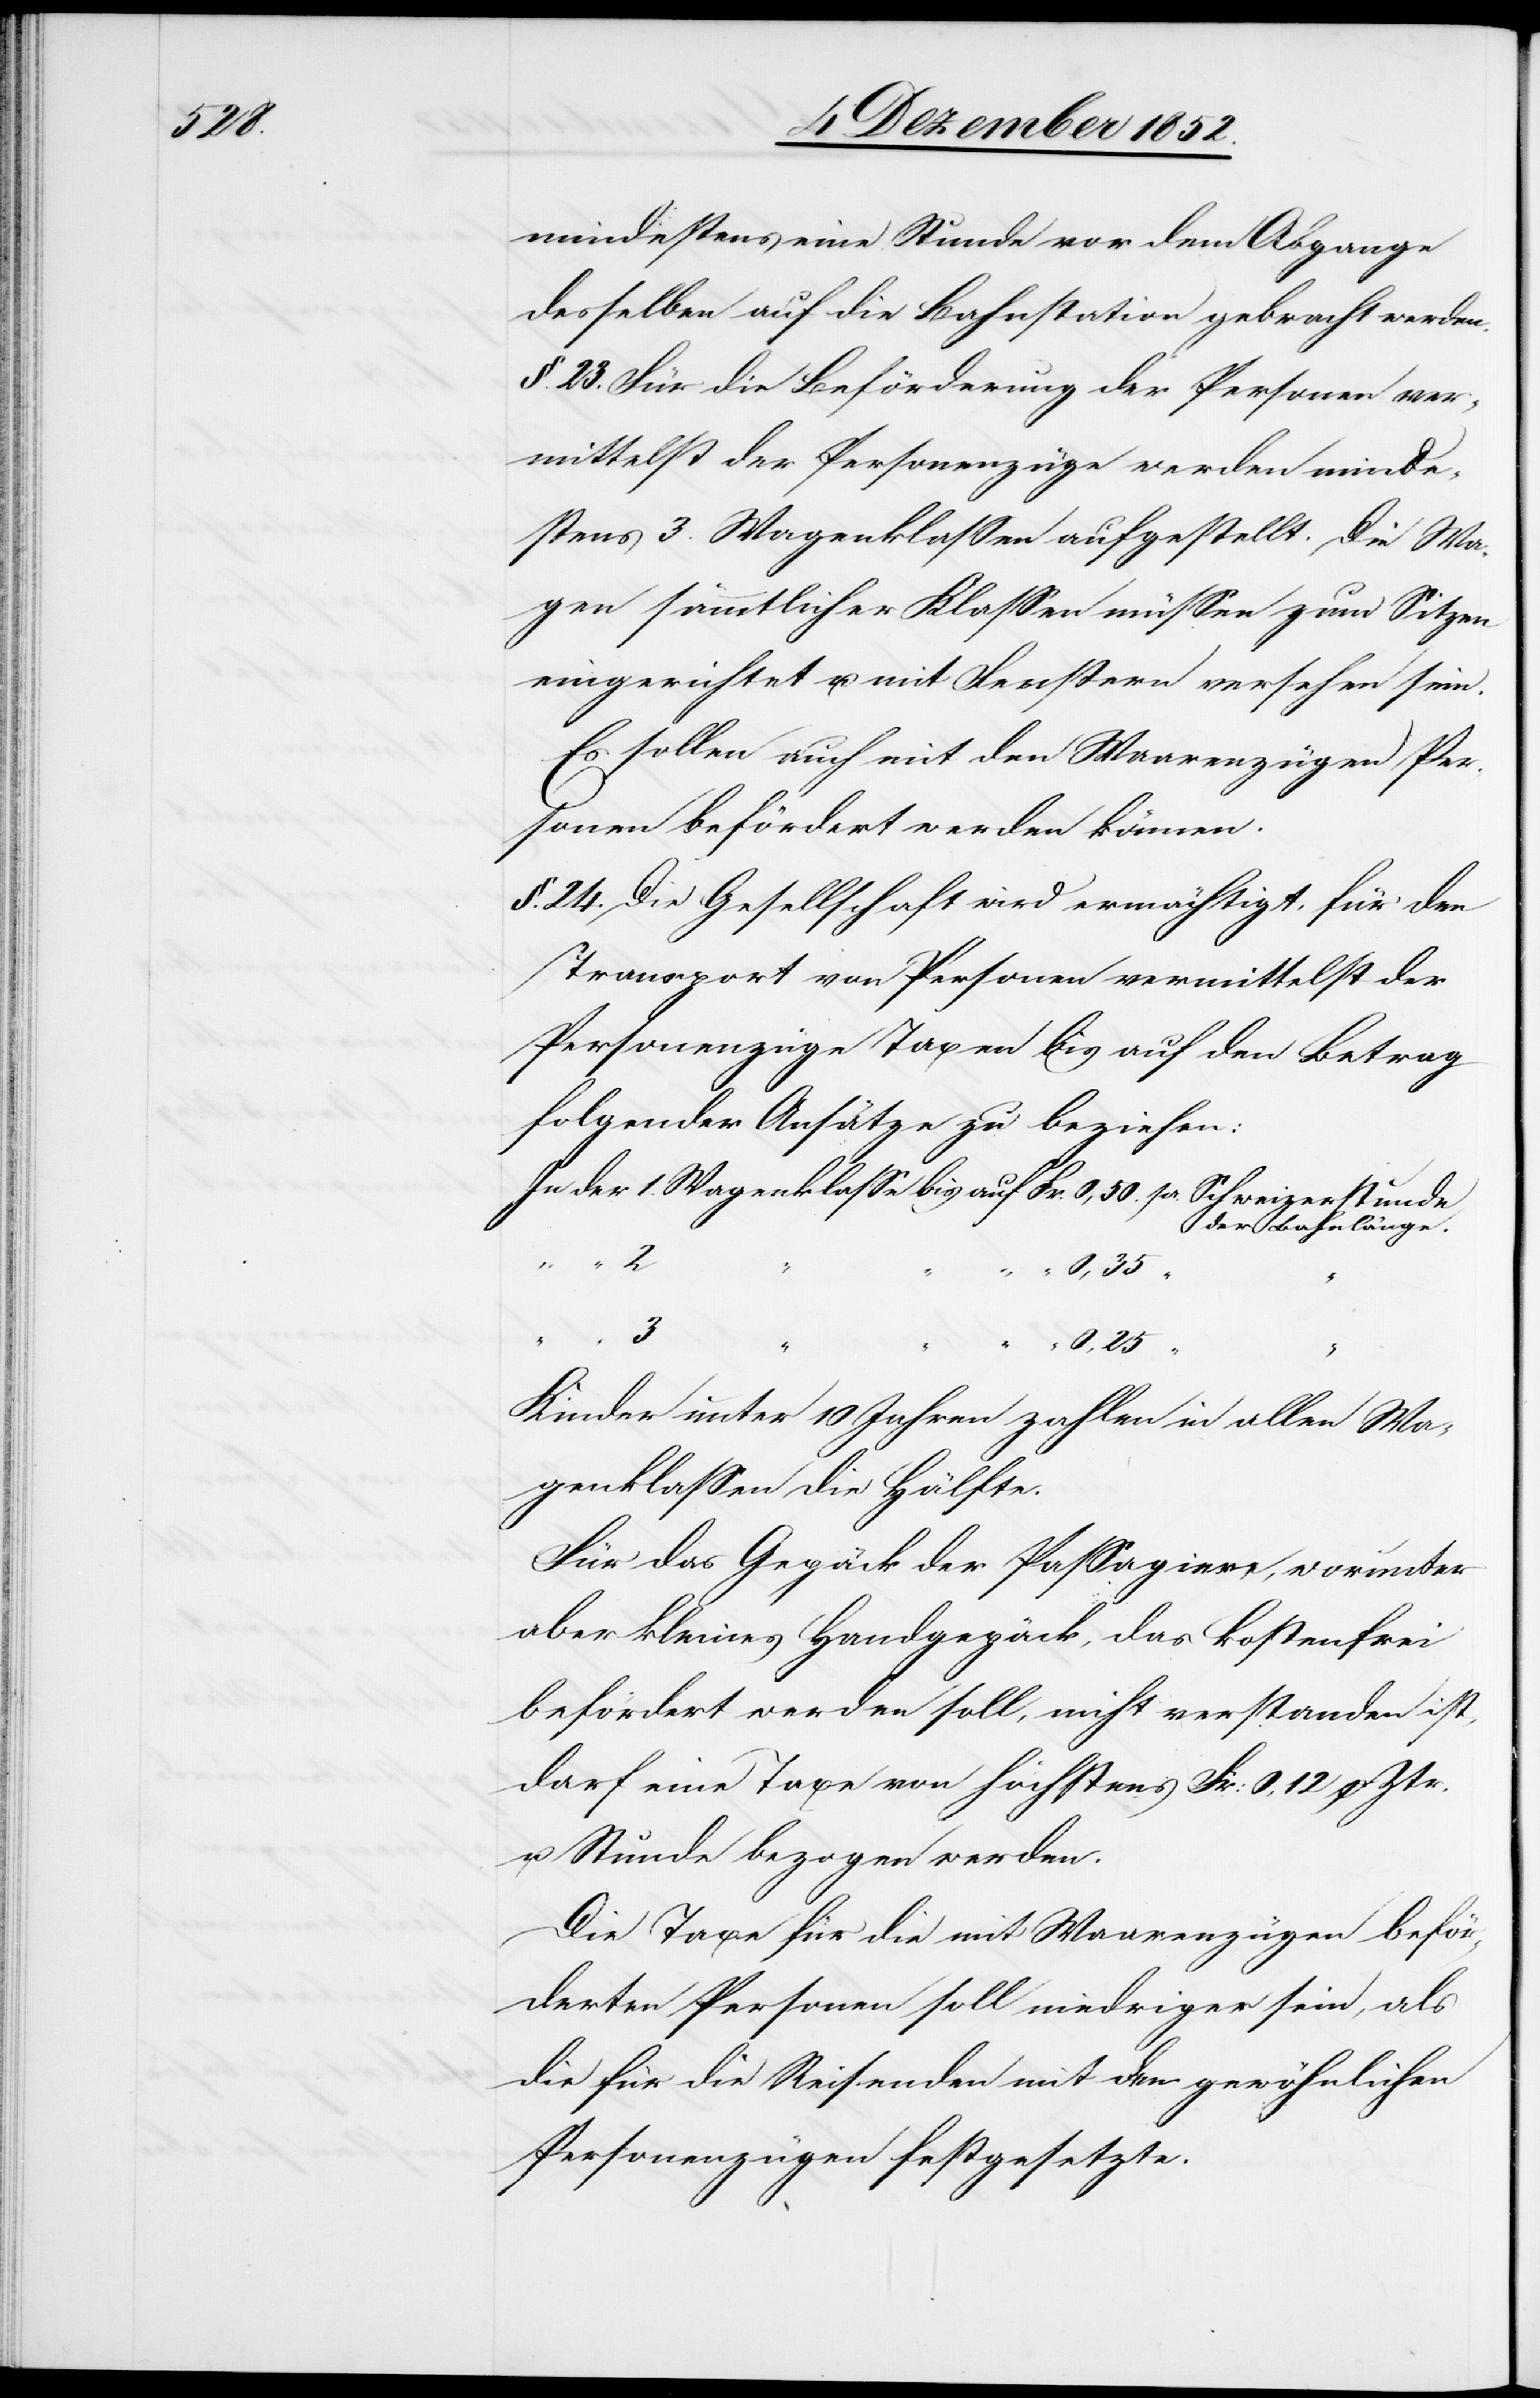
mindestens eine Stunde vor dem Abgange
desselben auf die Bahnstation gebracht werden.
§. 23. Für die Beförderung der Personen ver¬
mittelst der Personenzüge werden minde¬
stens 3. Wagenklassen aufgestellt. Die Wa¬
gen sämmtlicher Klassen müssen zum Sitzen
eingerichtet u. mit Fenstern versehen sein.
Es sollen auch mit den Waarenzügen Per¬
sonen befördert werden können.
§. 24. Die Gesellschaft wird ermächtigt, für den
Transport von Personen vermittelst der
Personenzüge Taxen bis auf den Betrag
folgender Ansätze zu beziehen:
In der 1. Wagenklasse bis auf Fr. 0,50. pr. Schweizerstunde
der Bahnlänge.
2
“ “ 3
Kinder unter 10 Jahren zahlen in allen Wa¬
genklassen die Hälfte.
Für das Gepäck der Passagiere, worunter
aber kleines Handgepäck, das kostenfrei
befördert werden soll, nicht verstanden ist,
darf eine Taxe von höchstens Fr: 0,12 p Ztr.
u. Stunde bezogen werden.
Die Taxe für die mit Waarenzügen beför¬
derten Personen soll niedriger sein, als
die für die Reisenden mit den gewöhnlichen
Personenzügen festgesetzte.